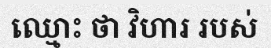
ឈ្មោះ ថា វិហារ របស់